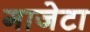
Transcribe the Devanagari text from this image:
गाजेटा